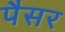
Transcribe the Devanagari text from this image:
पैसर